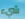
شيء